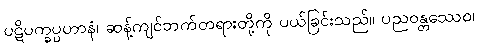
ပဋိပက္ခပ္ပဟာနံ၊ ဆန့်ကျင်ဘက်တရားတို့ကို ပယ်ခြင်းသည်။ ပညဝန္တဿေဝ၊